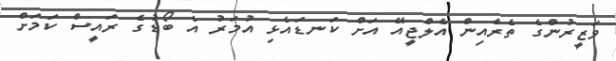
ވަޒީރުންގެ ތެރެއިން އެލްޖީއޭ އަށް ކަނޑައެޅި އުމަރު އެ ބޯޑުގެ ރައީސް ކަމަށް